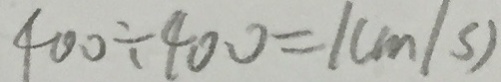
4 0 0 \div 4 0 0 = 1 ( m / s )